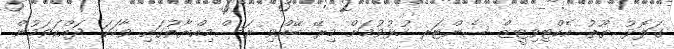
ގަލޮޅު ޔޫތު އެކްޓިވިޓީޒް ސެންޓަރ ހުޅުވުމަށް މިރޭ ބޭއްވި ރަސްމިއްޔާތުގައި ވާހަކަ ދައްކަވަމުން